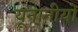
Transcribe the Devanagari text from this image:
यूनानीयों